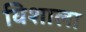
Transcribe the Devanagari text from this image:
विेशाला